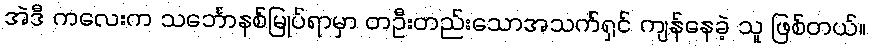
အဲဒီ ကလေးက သင်္ဘောနစ်မြုပ်ရာမှာ တဦးတည်းသောအသက်ရှင် ကျန်နေခဲ့ သူ ဖြစ်တယ်။